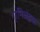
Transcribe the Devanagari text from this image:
एनिजेइक